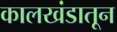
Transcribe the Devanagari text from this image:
कालखंडातून